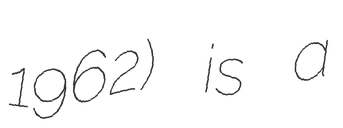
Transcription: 1962) is a